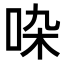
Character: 𠱞